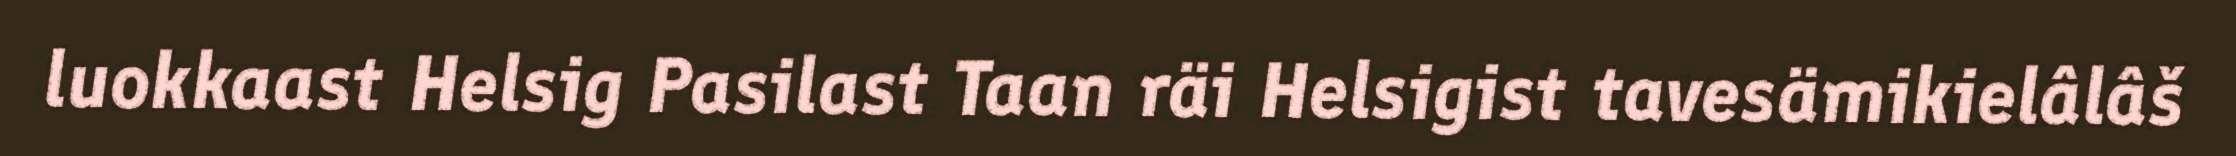
luokkaast Helsig Pasilast Taan räi Helsigist tavesämikielâlâš